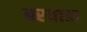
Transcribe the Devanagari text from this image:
बरवाडा